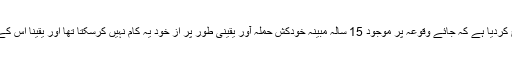
حالیہ رپورٹ میں اقوام متحدہ نے واضح کردیا ہے کہ جائے وقوعہ پر موجود 15 سالہ مبینہ خودکش حملہ آور یقینی طور پر از خود یہ کام نہیں کرسکتا تھا اور یقیناً اس کے پس پشت دیگر عناصر کار فرما تھے۔